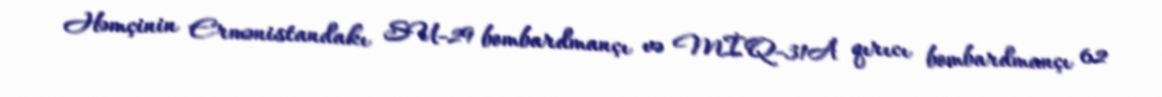
Həmçinin Ermənistandakı SU-29 bombardmançı və MİQ-31A qırıcı bombardmançı 62